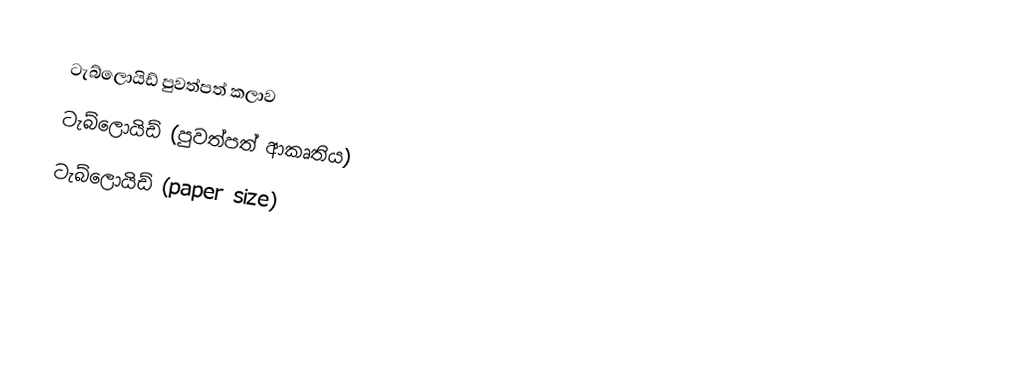
ටැබ්ලොයිඩ් පුවත්පත් කලාව
 ටැබ්ලොයිඩ් (පුවත්පත් ආකෘතිය)
 ටැබ්ලොයිඩ් (paper size)